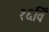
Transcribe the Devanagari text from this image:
१६विँ